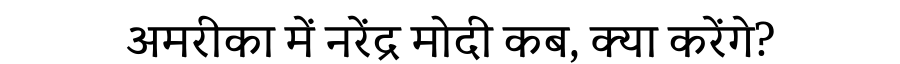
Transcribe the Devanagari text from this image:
अमरीका में नरेंद्र मोदी कब, क्या करेंगे?